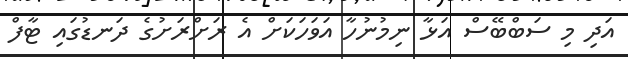
އަދި މި ސަބްބޭސް އަޅާ ނިމުނުހާ އަވަހަކަށް އެ ރަށްރަށުގެ ދަނޑުގައި ޓާފް